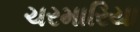
ચરમારિયા